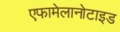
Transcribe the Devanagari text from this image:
एफामेलानोटाइड